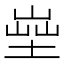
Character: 𡎨